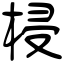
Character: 梫